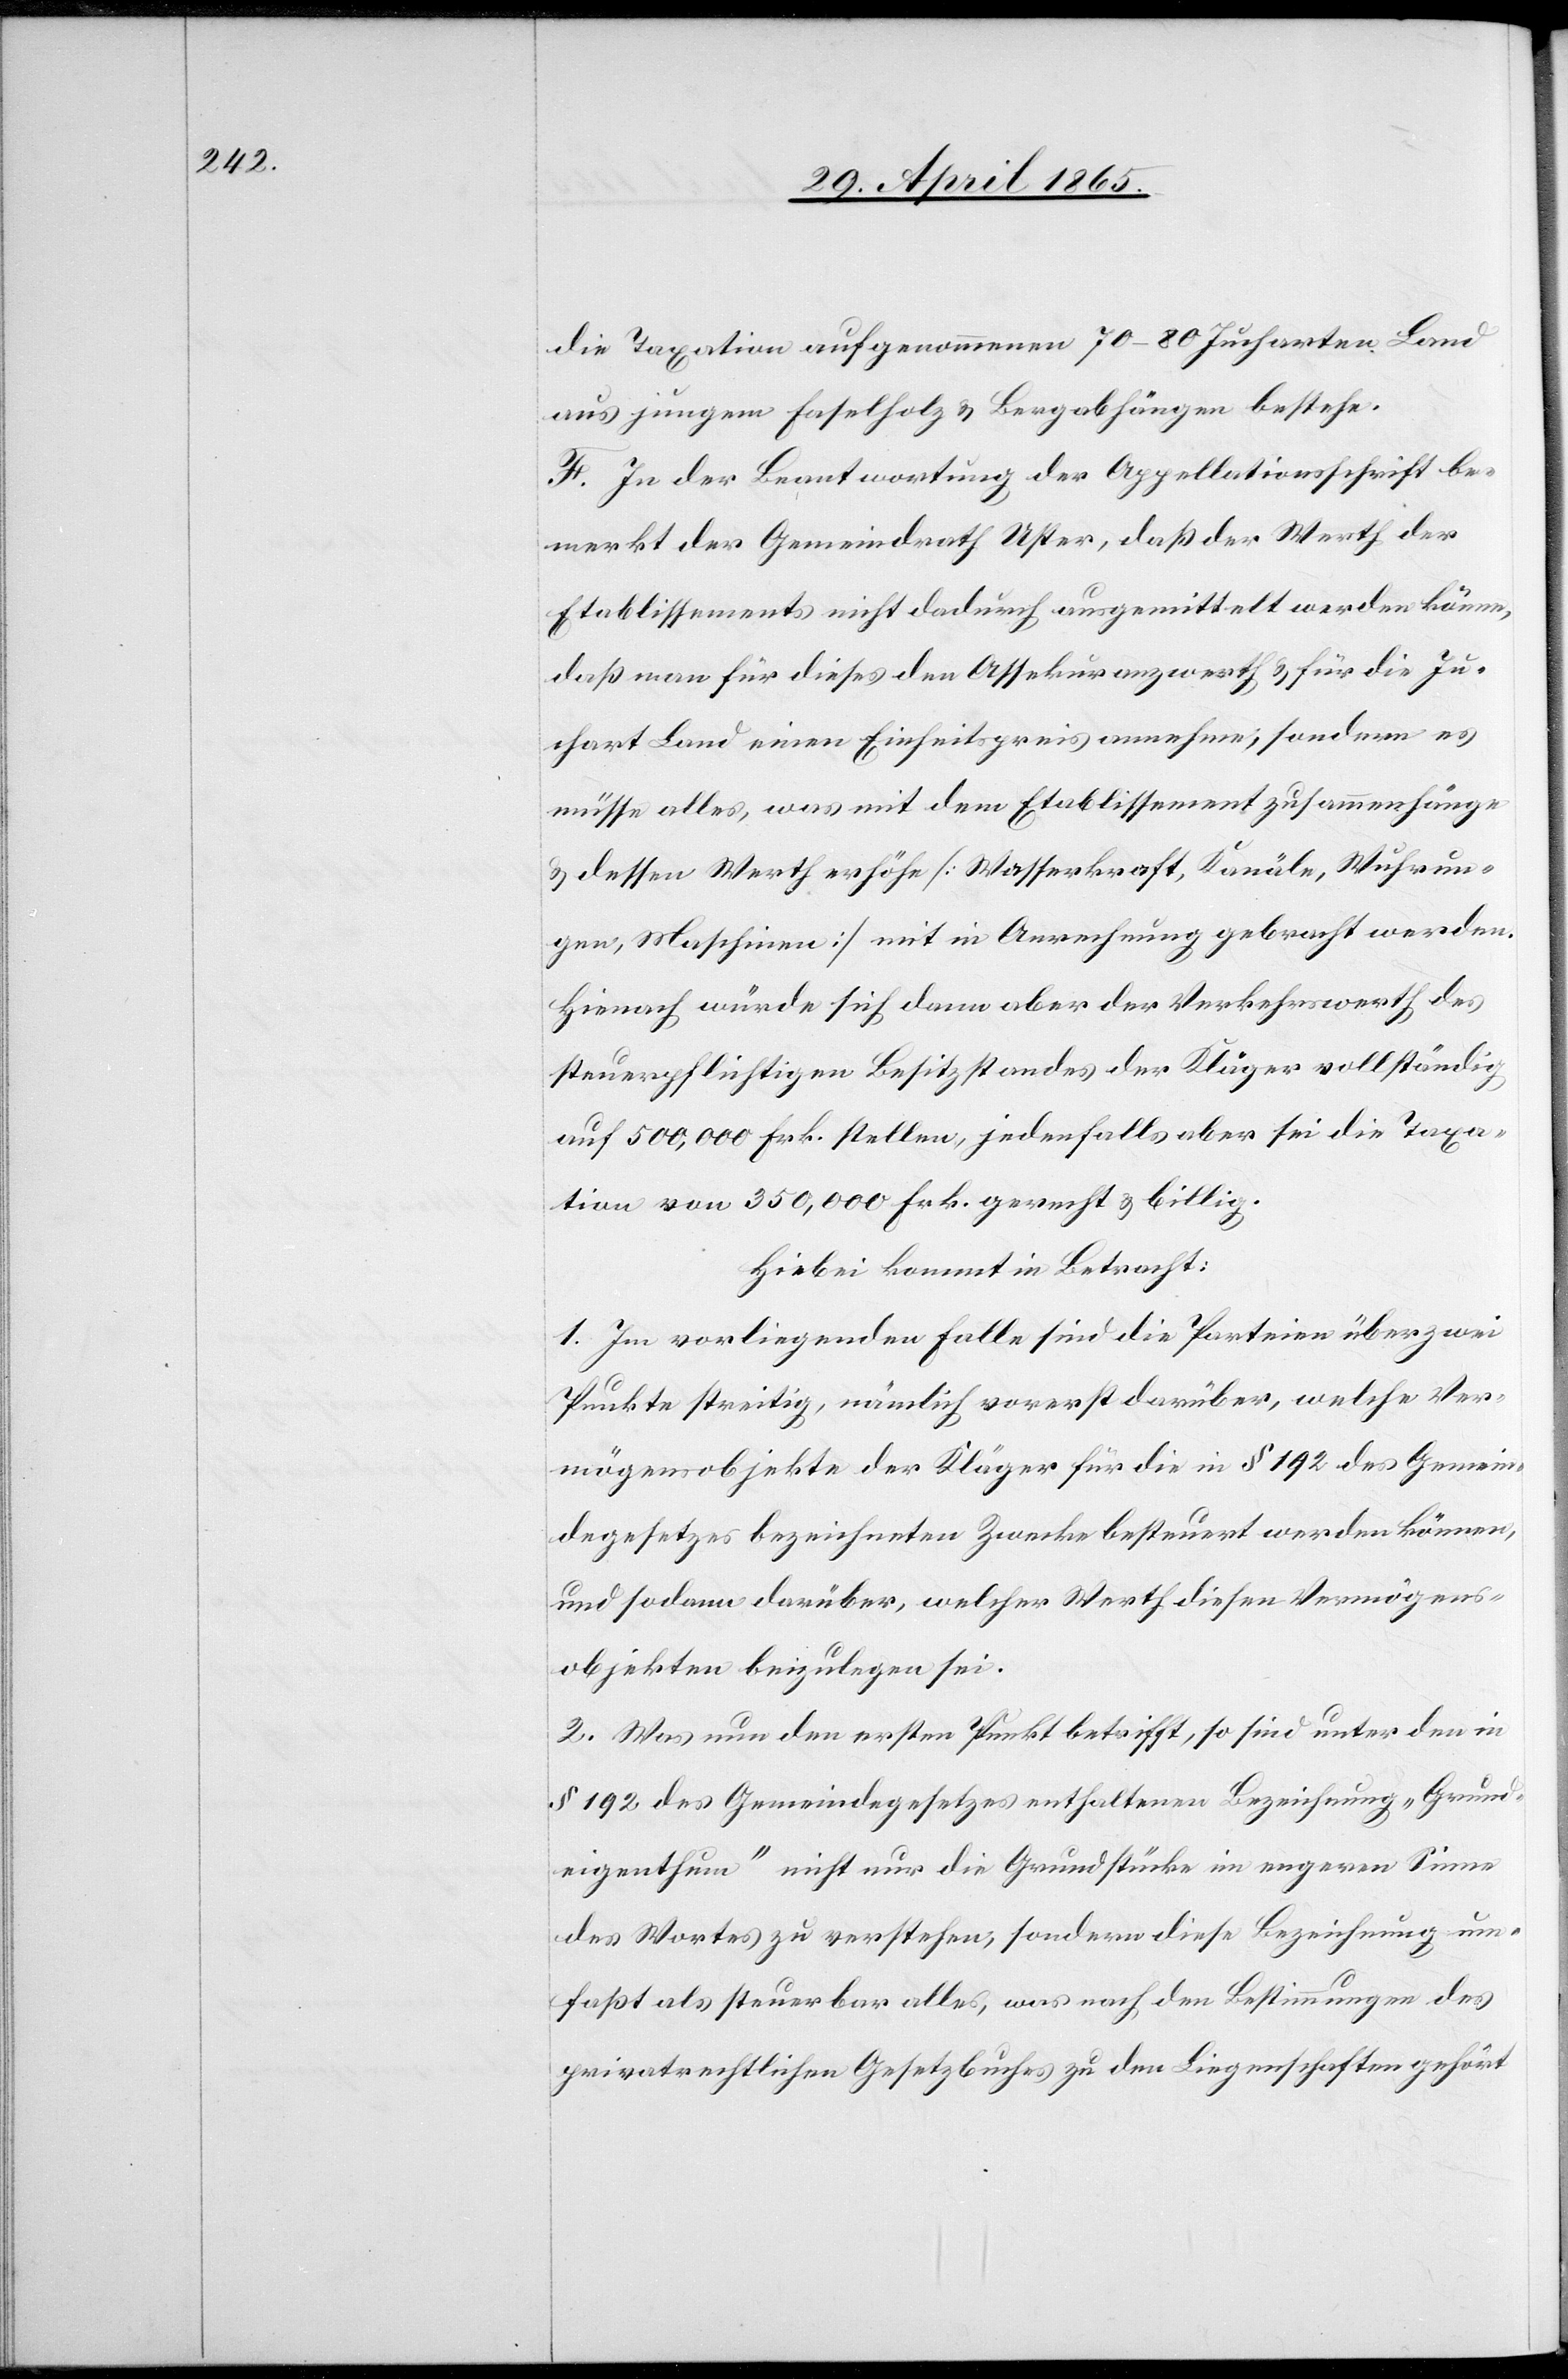
die Taxation aufgenommenen 70–80 Jucharten Land
aus jungem Faselholz & Bergabhängen bestehe.
F. In der Beantwortung der Appellationsschrift be¬
merkt der Gemeindrath Uster, daß der Werth der
Etablissements nicht dadurch ausgemittelt werden könne,
daß man für dieses den Assekuranzwerth & für die Ju¬
chart Land einen Einheitspreis annehme; sondern es
müsse alles, was mit dem Etablissement zusammenhänge
& dessen Werth erhöhe [Wasserkraft, Kanäle, Wuhrun¬
gen, Maschinen] mit in Anrechnung gebracht werden.
Hienach würde sich dann aber der Verkehrswerth des
steuerpflichtigen Besitzstandes der Kläger vollständig
auf 500,000 Frk. stellen, jedenfalls aber sei die Taxa¬
tion von 350,000 Frk. gerecht & billig.
Hiebei kommt in Betracht:
1. Im vorliegenden Falle sind die Parteien über zwei
Punkte streitig, nämlich vorerst darüber, welche Ver¬
mögensobjekte der Kläger für die in § 192 des Gemein¬
degesetzes bezeichneten Zwecke besteuert werden können,
und sodann darüber, welcher Werth diesen Vermögens¬
objekten beizulegen sei.
2. Was nun den ersten Punkt betrifft, so sind unter den in
§ 192 des Gemeindegesetzes enthaltenen Bezeichnung „Grund¬
eigenthum“ nicht nur die Grundstücke im engeren Sinne
des Wortes zu verstehen, sondern diese Bezeichnung um¬
faßt als steuerbar alles, was nach den Bestimmungen des
privatrechtlichen Gesetzbuches zu den Liegenschaften gehört